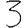
Digit: 3